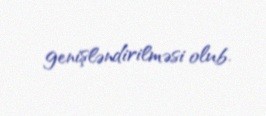
genişləndirilməsi olub.